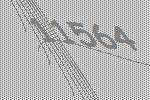
11564